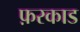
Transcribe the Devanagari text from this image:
फ़रकाड